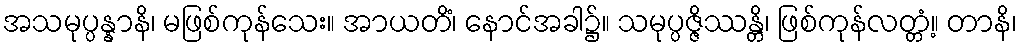
အသမုပ္ပန္နာနိ၊ မဖြစ်ကုန်သေး။ အာယတိံ၊ နောင်အခါ၌။ သမုပ္ပဇ္ဇိဿန္တိ၊ ဖြစ်ကုန်လတ္တံ့။ တာနိ၊